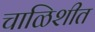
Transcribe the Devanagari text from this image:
चाळिशीत